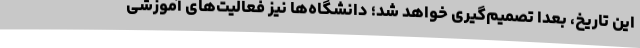
این تاریخ، بعداً تصمیم‌گیری خواهد شد؛ دانشگاه‌ها نیز فعالیت‌های آموزشی